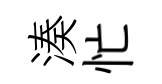
湊忙